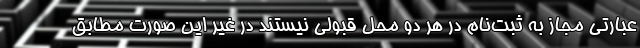
عبارتی مجاز به ثبت‌نام در هر دو محل قبولی نیستند در غیر این صورت مطابق